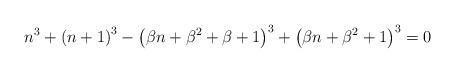
LaTeX: \begin{align*}n^{3}+\left(n+1\right)^{3}-\left(\beta n+\beta^{2}+\beta+1\right)^{3}+\left(\beta n+\beta^{2}+1\right)^{3}=0\end{align*}